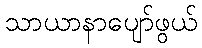
သာယာနာပျော်ဖွယ်